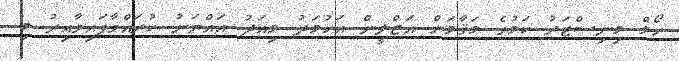
ހޯމް މިނިސްޓަރު ކަމުގެ މަޤާމަށް އަޒްލީން އަހުމަދު މިއަދު އައްޔަނު ކުރައްވާފައިވާއިރު މި